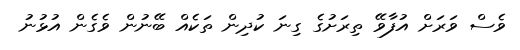
ވެސް ވަރަށް އުފާވޭ ތިރަށުގެ ގިނަ ކުދިން ތަކެއް ބޭނުން ވެގެން އުޅުނު